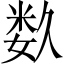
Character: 𥹰